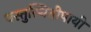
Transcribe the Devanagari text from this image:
वस्तुस्थितीपायी